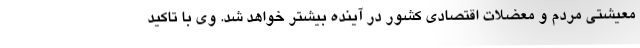
معیشتی مردم و معضلات اقتصادی کشور در آینده بیشتر خواهد شد. وی با تاکید